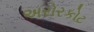
અરોરકોટ